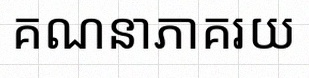
គណនាភាគរយ